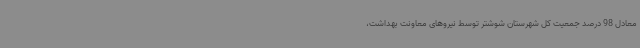
معادل 98 درصد جمعیت کل شهرستان شوشتر توسط نیروهای معاونت بهداشت،